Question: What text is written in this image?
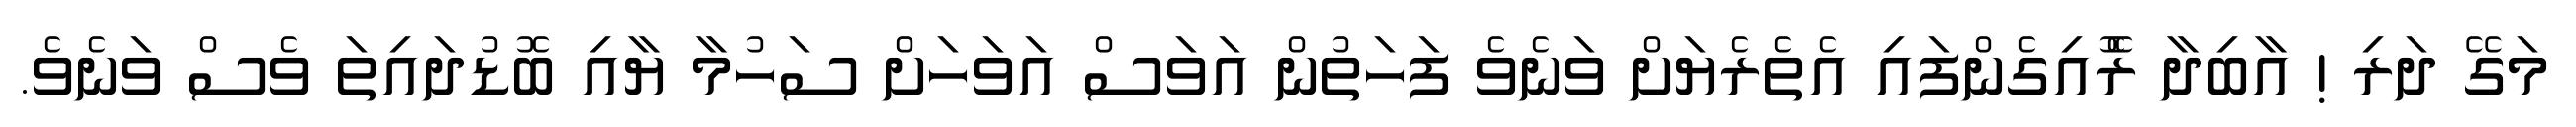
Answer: މަގޭ ދަރި ! އާބިދާ ރޮެއިގެންފައި އެތެރެޔަށް ވަނެވެ ފަހަތުން އަވަސް އަވަހަށް ސަހުމާ ޔާއި ބޮޑުދައިތަ ވެސް ވަނެވެ.